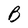
Character: B